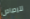
للرصاص